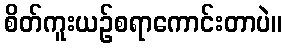
စိတ်ကူးယဉ်စရာကောင်းတာပဲ။